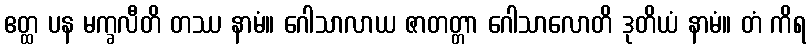
ဧတ္ထ ပန မက္ခလီတိ တဿ နာမံ။ ဂေါသာလာယ ဇာတတ္တာ ဂေါသာလောတိ ဒုတိယံ နာမံ။ တံ ကိရ